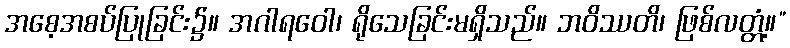
အစေ့အစပ်ပြုခြင်း၌။ အဂါရဝေါ၊ ရိုသေခြင်းမရှိသည်။ ဘဝိဿတိ၊ ဖြစ်လတ္တံ့။”